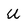
Character: U